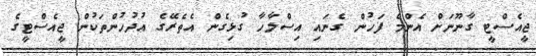
ޖީއެސްޓީ ގާނޫނަށް އެންމެ ފަހުން ގެނައި އިސްލާހާ ގުޅިގެން އެތެރޭގެ އުދުހުންތަކުން ޖީއެސްޓީގެ